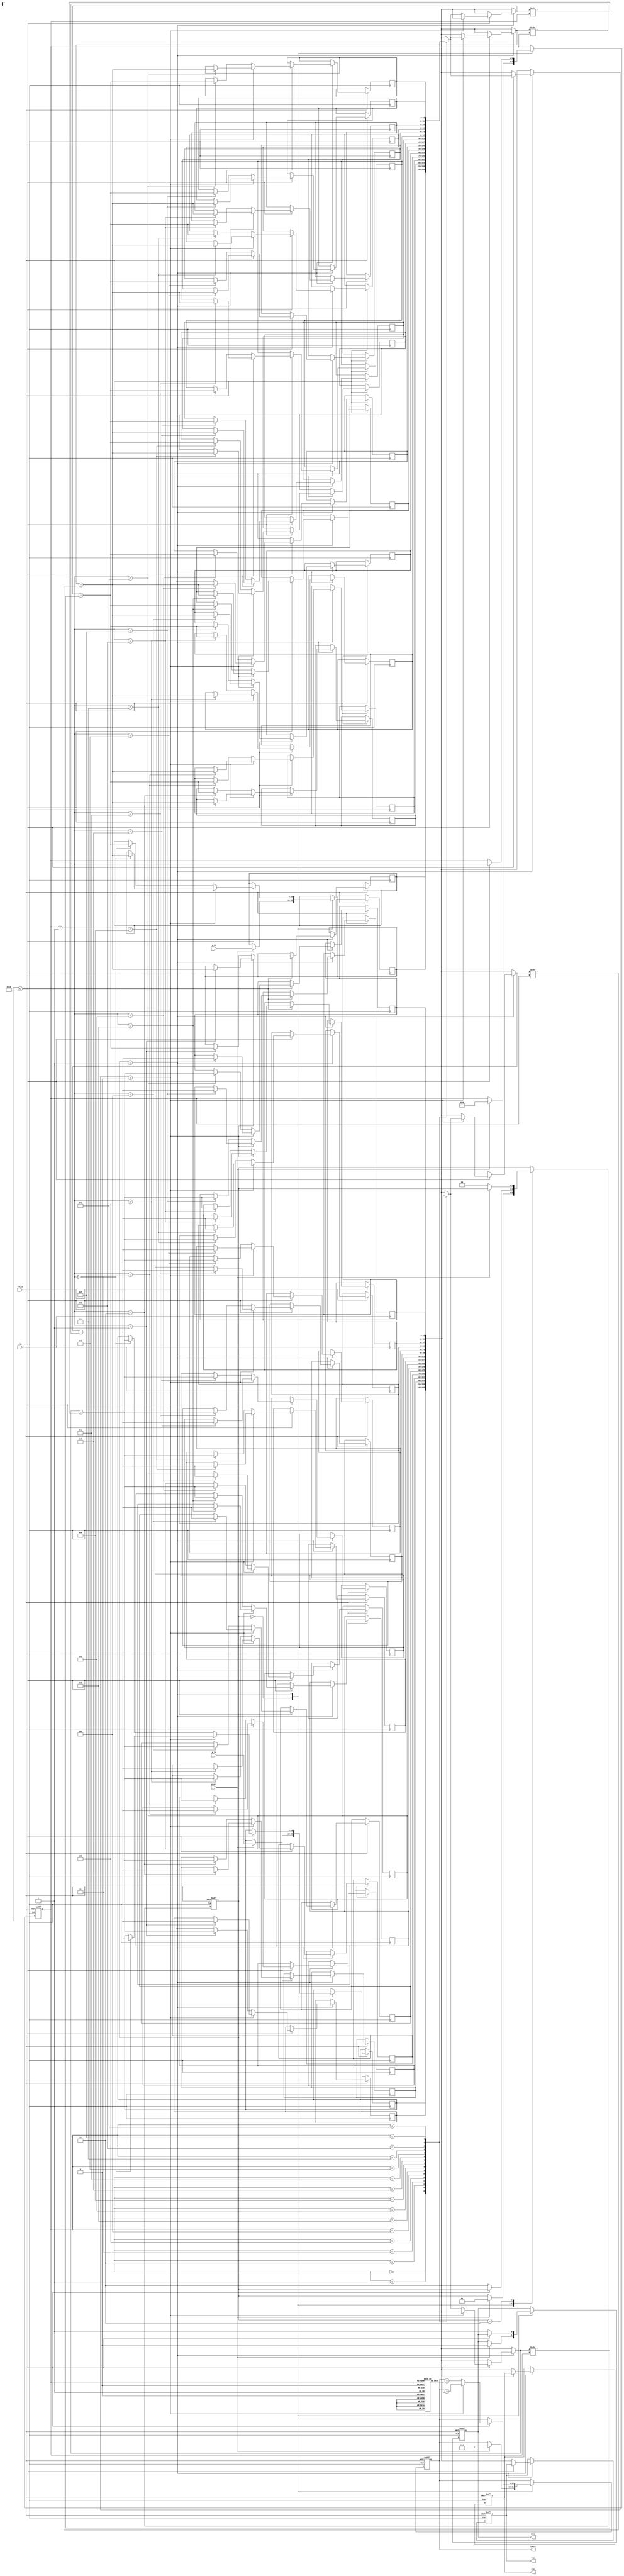
module CORDIC_Vectoring #(
    parameter WIDTH = 16,          // Bit-width for fixed point representation
    parameter NUM_ITERATIONS = 16  // Number of CORDIC iterations
)(
    input wire clk,                // Clock signal
    input wire rst_n,              // Active low reset
    input wire start,              // Start signal for computation
    input wire signed [WIDTH-1:0] x_in,  // Input x coordinate
    input wire signed [WIDTH-1:0] y_in,  // Input y coordinate
    output reg [WIDTH-1:0] R_x,    // Resultant x coordinate
    output reg [WIDTH-1:0] R_y,    // Resultant y coordinate
    output reg signed [WIDTH-1:0] theta, // Computed angle
    output reg done                // Completion flag
);

    // Internal signals
    reg signed [WIDTH-1:0] x [0:NUM_ITERATIONS-1];
    reg signed [WIDTH-1:0] y [0:NUM_ITERATIONS-1];
    reg [3:0] iteration_count;      // Counter for iterations
    reg [1:0] state;                // State machine
    reg [WIDTH-1:0] angle_lookup [0:NUM_ITERATIONS-1]; // Angle LUT

    // Initialize angle lookup table (arctan(2^-i))
    initial begin
        angle_lookup[0] = 16'h3243; // atan(1) = /4 in fixed-point
        angle_lookup[1] = 16'h1DAC; // atan(0.5) in fixed-point
        angle_lookup[2] = 16'h0FFA; // atan(0.25) in fixed-point
        angle_lookup[3] = 16'h07A1; // atan(0.125) in fixed-point
        // Continue filling up the LUT for more iterations...
    end

    // State machine
    localparam IDLE = 2'b00,
               RUN  = 2'b01,
               DONE = 2'b10;

    // Sequential logic to handle CORDIC computations
    always @(posedge clk or negedge rst_n) begin
        if (!rst_n) begin
            state <= IDLE;
            iteration_count <= 0;
            R_x <= 0;
            R_y <= 0;
            theta <= 0;
            done <= 0;
        end else begin
            case (state)
                IDLE: begin
                    if (start) begin
                        // Initialize values
                        x[0] <= x_in;
                        y[0] <= y_in;
                        theta <= 0;
                        iteration_count <= 0;
                        done <= 0;
                        state <= RUN;
                    end
                end

                RUN: begin
                    if (iteration_count < NUM_ITERATIONS) begin
                        // Perform CORDIC rotation
                        if (y[iteration_count] < 0) begin
                            x[iteration_count + 1] <= x[iteration_count] + (y[iteration_count] >>> iteration_count);
                            y[iteration_count + 1] <= y[iteration_count] + (x[iteration_count] >>> iteration_count);
                            theta <= theta - angle_lookup[iteration_count];
                        end else begin
                            x[iteration_count + 1] <= x[iteration_count] - (y[iteration_count] >>> iteration_count);
                            y[iteration_count + 1] <= y[iteration_count] - (x[iteration_count] >>> iteration_count);
                            theta <= theta + angle_lookup[iteration_count];
                        end
                        iteration_count <= iteration_count + 1;
                    end else begin
                        // Store results
                        R_x <= x[NUM_ITERATIONS];
                        R_y <= y[NUM_ITERATIONS];
                        done <= 1;
                        state <= DONE;
                    end
                end

                DONE: begin
                    if (!start) begin
                        state <= IDLE; // Transition back to IDLE on new start
                    end
                end
            endcase
        end
    end
endmodule